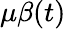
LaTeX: \mu\beta(t)